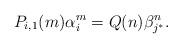
LaTeX: \begin{align*}P_{i,1}(m)\alpha_{i}^m=Q(n)\beta_{j^*}^n.\end{align*}